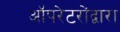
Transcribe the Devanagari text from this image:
ऑपरेटरोंद्वारा